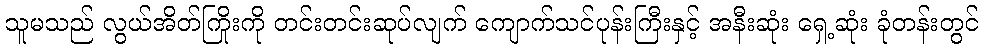
သူမသည် လွယ်အိတ်ကြိုးကို တင်းတင်းဆုပ်လျက် ကျောက်သင်ပုန်းကြီးနှင့် အနီးဆုံး ရှေ့ဆုံး ခုံတန်းတွင်